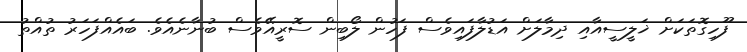
ފޫހިގޮތަކަށް ޚަލީސީއާއި ދިމާލަށް އަޑުލާފައިވެސް ފަހުން ލޯބިން ސޮރީއޭވެސް ބުނާނެއެވެ. ބައެއްފަހަރު ތުއްތު